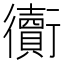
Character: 𧘅